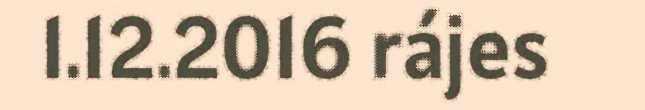
1.12.2016 rájes